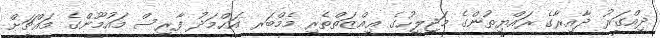
ދިއްގަރު ދާއިރާގެ ރައްޔިތުންގެ މަޖިލީހުގެ ޢިއްޒަތްތެރި މެމްބަރ އަޙްމަދު ފާރިސް މައުމޫންގެ މައްޗަށް